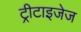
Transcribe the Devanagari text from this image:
ट्रीटाइजेज